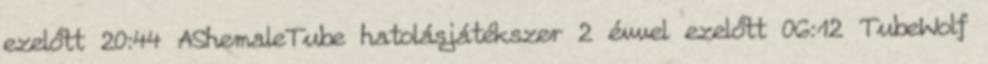
ezelőtt 20:44 AShemaleTube hatolásjátékszer 2 évvel ezelőtt 06:12 TubeWolf